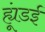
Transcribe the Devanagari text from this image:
ह्यूंडई